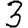
Digit: 3